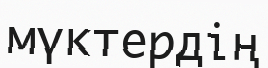
мүктердің